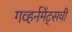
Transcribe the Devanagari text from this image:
गव्हर्नमेंट्सची